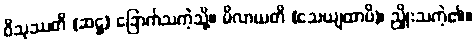
ဝိသုဿတိ (ဆဋ္ဌ) ခြောက်သကဲ့သို့။ မိလာယတိ (သေယျထာပိ)၊ ညှိုးသကဲ့၏။